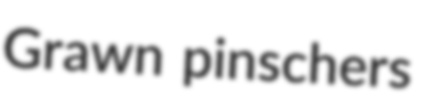
Grawn pinschers